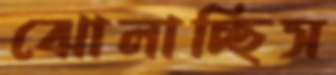
ঝোলাচ্ছিস